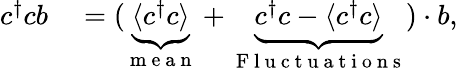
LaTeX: \begin{array}{rl}{c^{\dagger}cb}&{{}=(\underbrace{\langle c^{\dagger}c\rangle}_{\mathrm{~m~e~a~n~}}+\underbrace{c^{\dagger}c-\langle c^{\dagger}c\rangle}_{\mathrm{~F~l~u~c~t~u~a~t~i~o~n~s~}})\cdot b,}\end{array}